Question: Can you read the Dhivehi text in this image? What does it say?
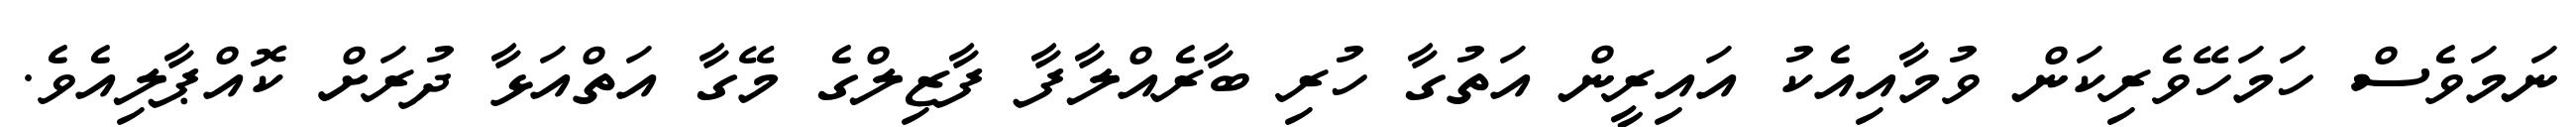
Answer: ނަމަވެސް ހަމަހޭވެރިކަން ވުމާއިއެކު އައިރީން އަތުގާ ހުރި ބާރެއްލާފާ ފާޒިލްގެ މޭގާ އަތްއަޅާ ދުރަށް ކޮއްޕާލިއެވެ.